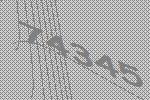
74345